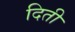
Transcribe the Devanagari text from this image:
दिती